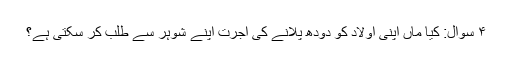
۴ سوال: کیا ماں اپنی اولاد کو دودھ پلانے کی اجرت اپنے شوہر سے طلب کر سکتی ہے؟